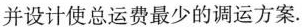
并设计使总运费最少的调运方案。